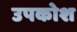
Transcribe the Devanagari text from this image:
उपकोश